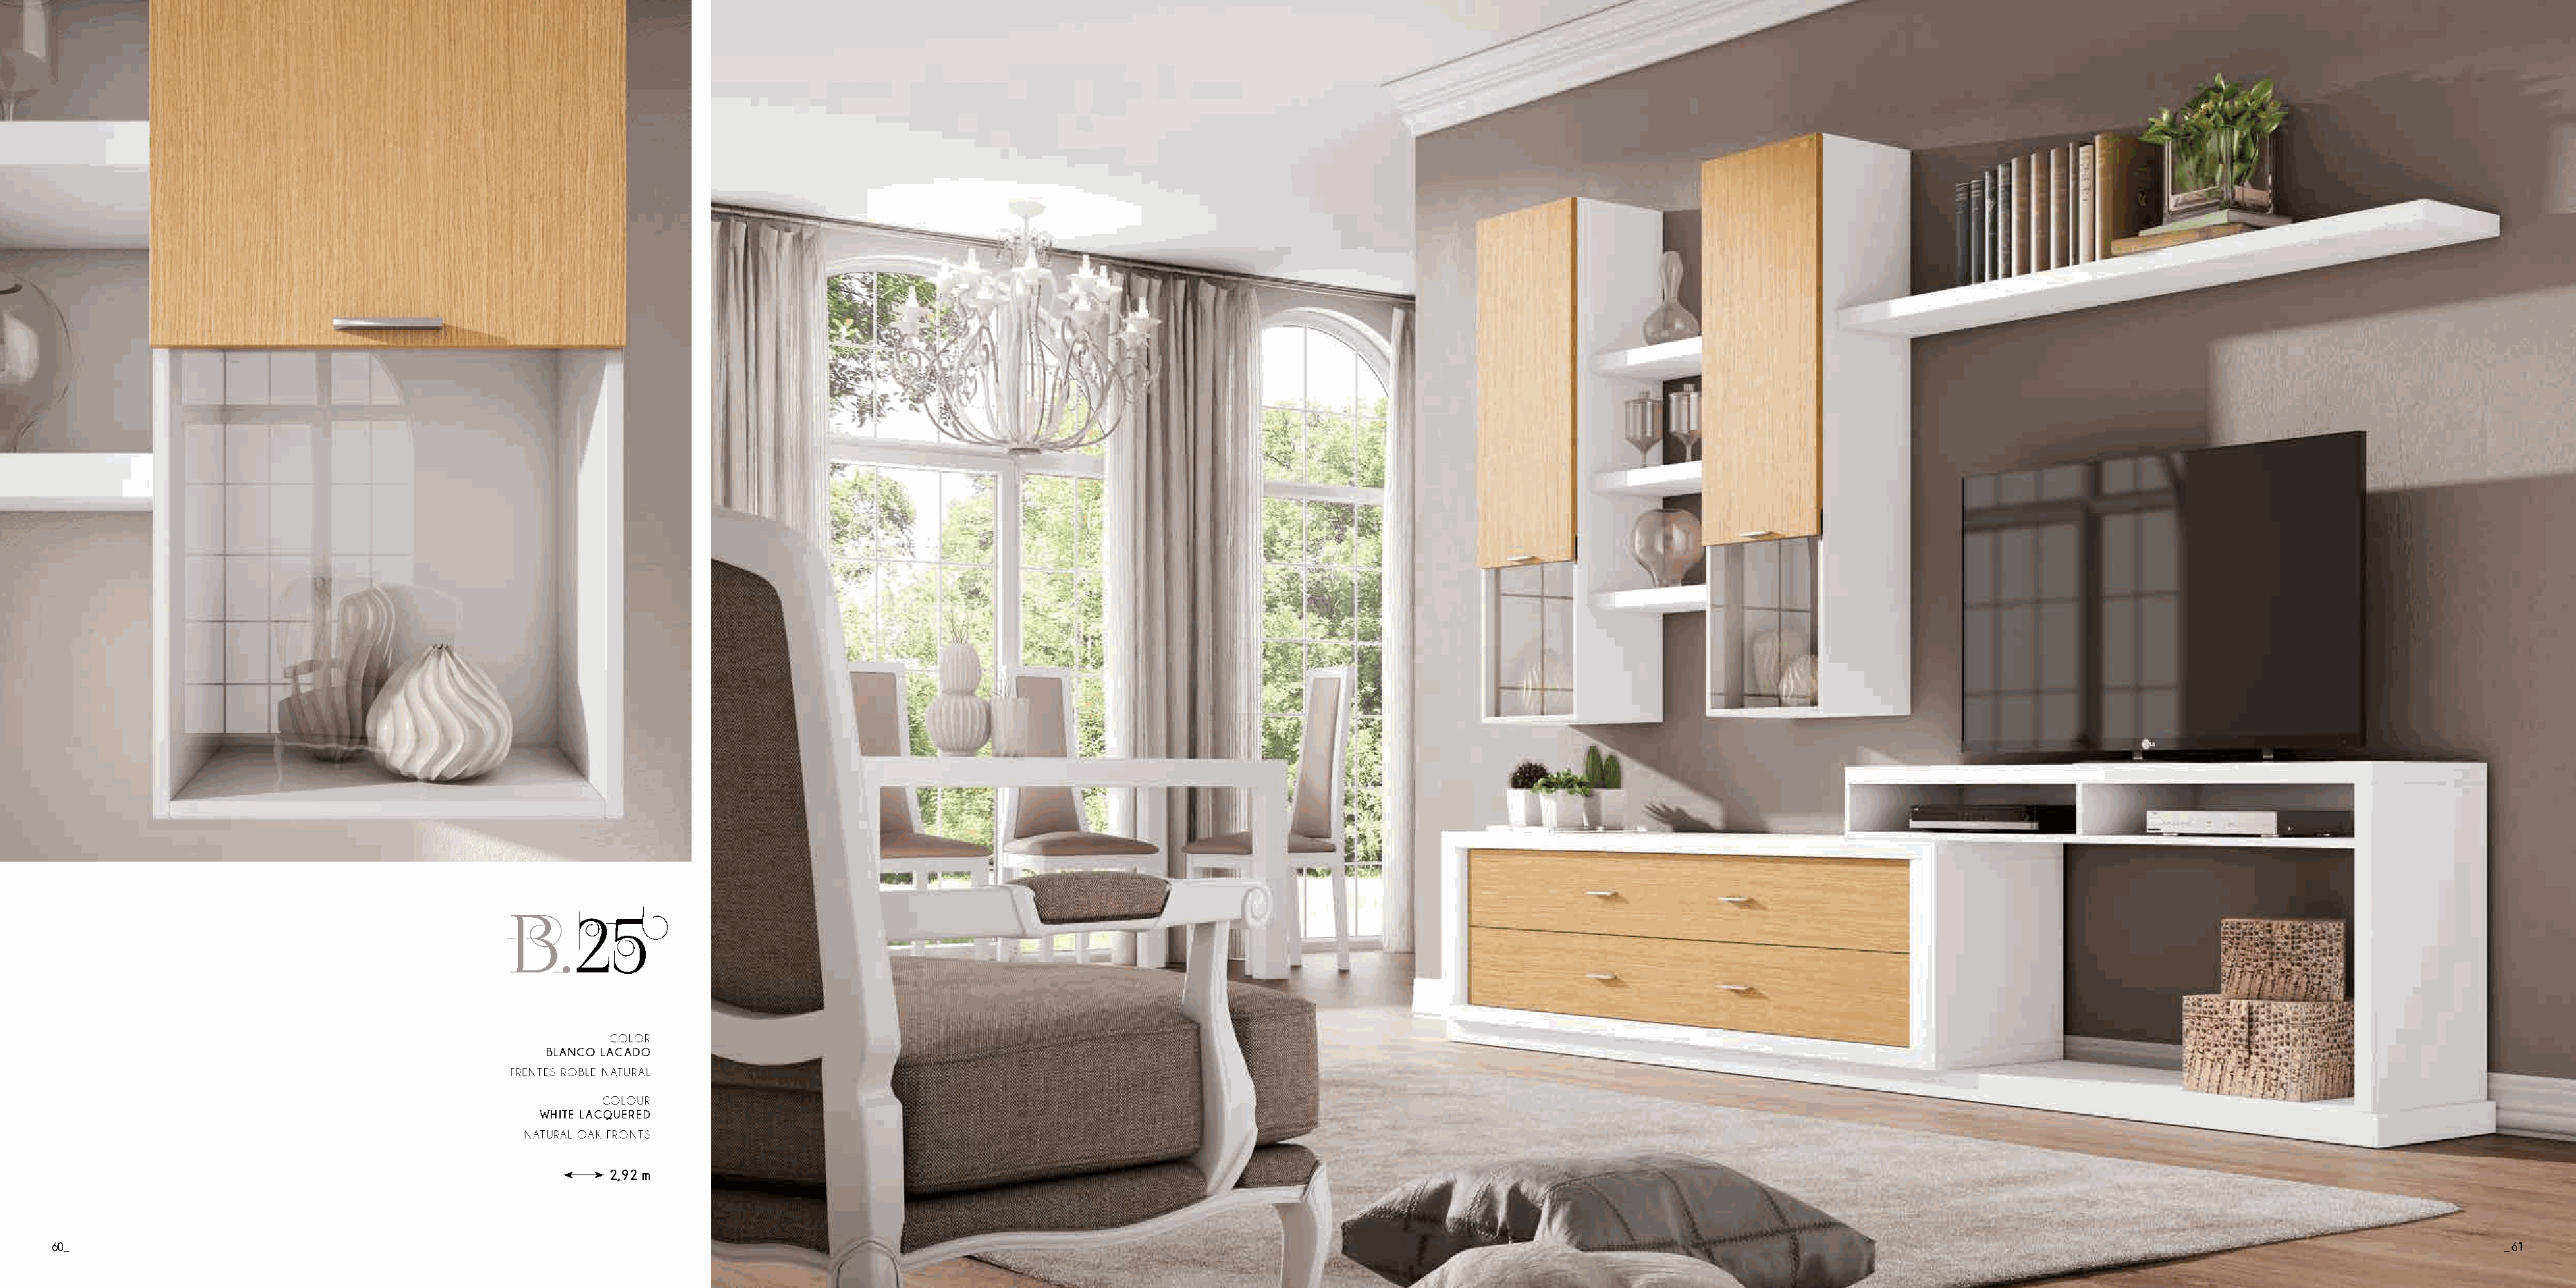
B.25
 COLOR
 BLANCO LACADO
 FRENTES ROBLE NATURAL
 COLOUR
 WHITE LACQUERED
 NATURAL OAK FRONTS
 2,92 m
 60_                                                                                                                                                                                                                                       _ 61